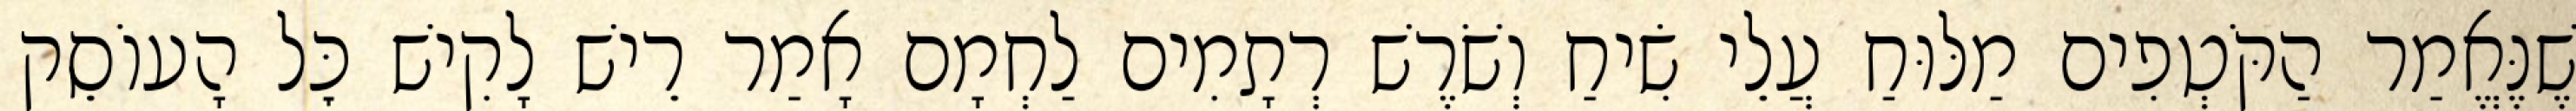
שֶׁנֶּאֱמַר הַקֹּטְפִים מַלּוּחַ עֲלֵי שִׂיחַ וְשֹׁרֶשׁ רְתָמִים לַחְמָם אָמַר רֵישׁ לָקִישׁ כׇּל הָעוֹסֵק